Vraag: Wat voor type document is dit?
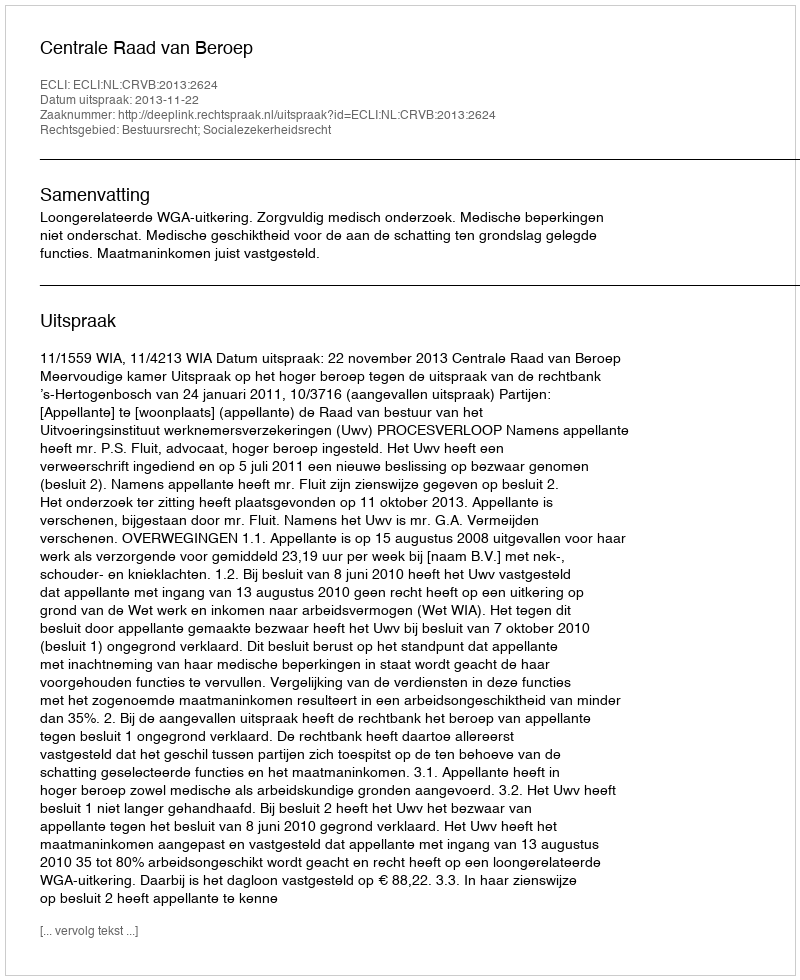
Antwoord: Uitspraak